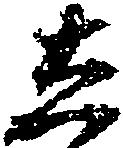
し